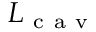
L _ { \mathrm { ~ c ~ a ~ v ~ } }